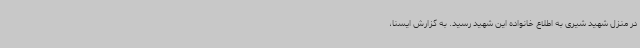
در منزل شهید شیری به اطلاع خانواده این شهید رسید. به گزارش ایسنا،